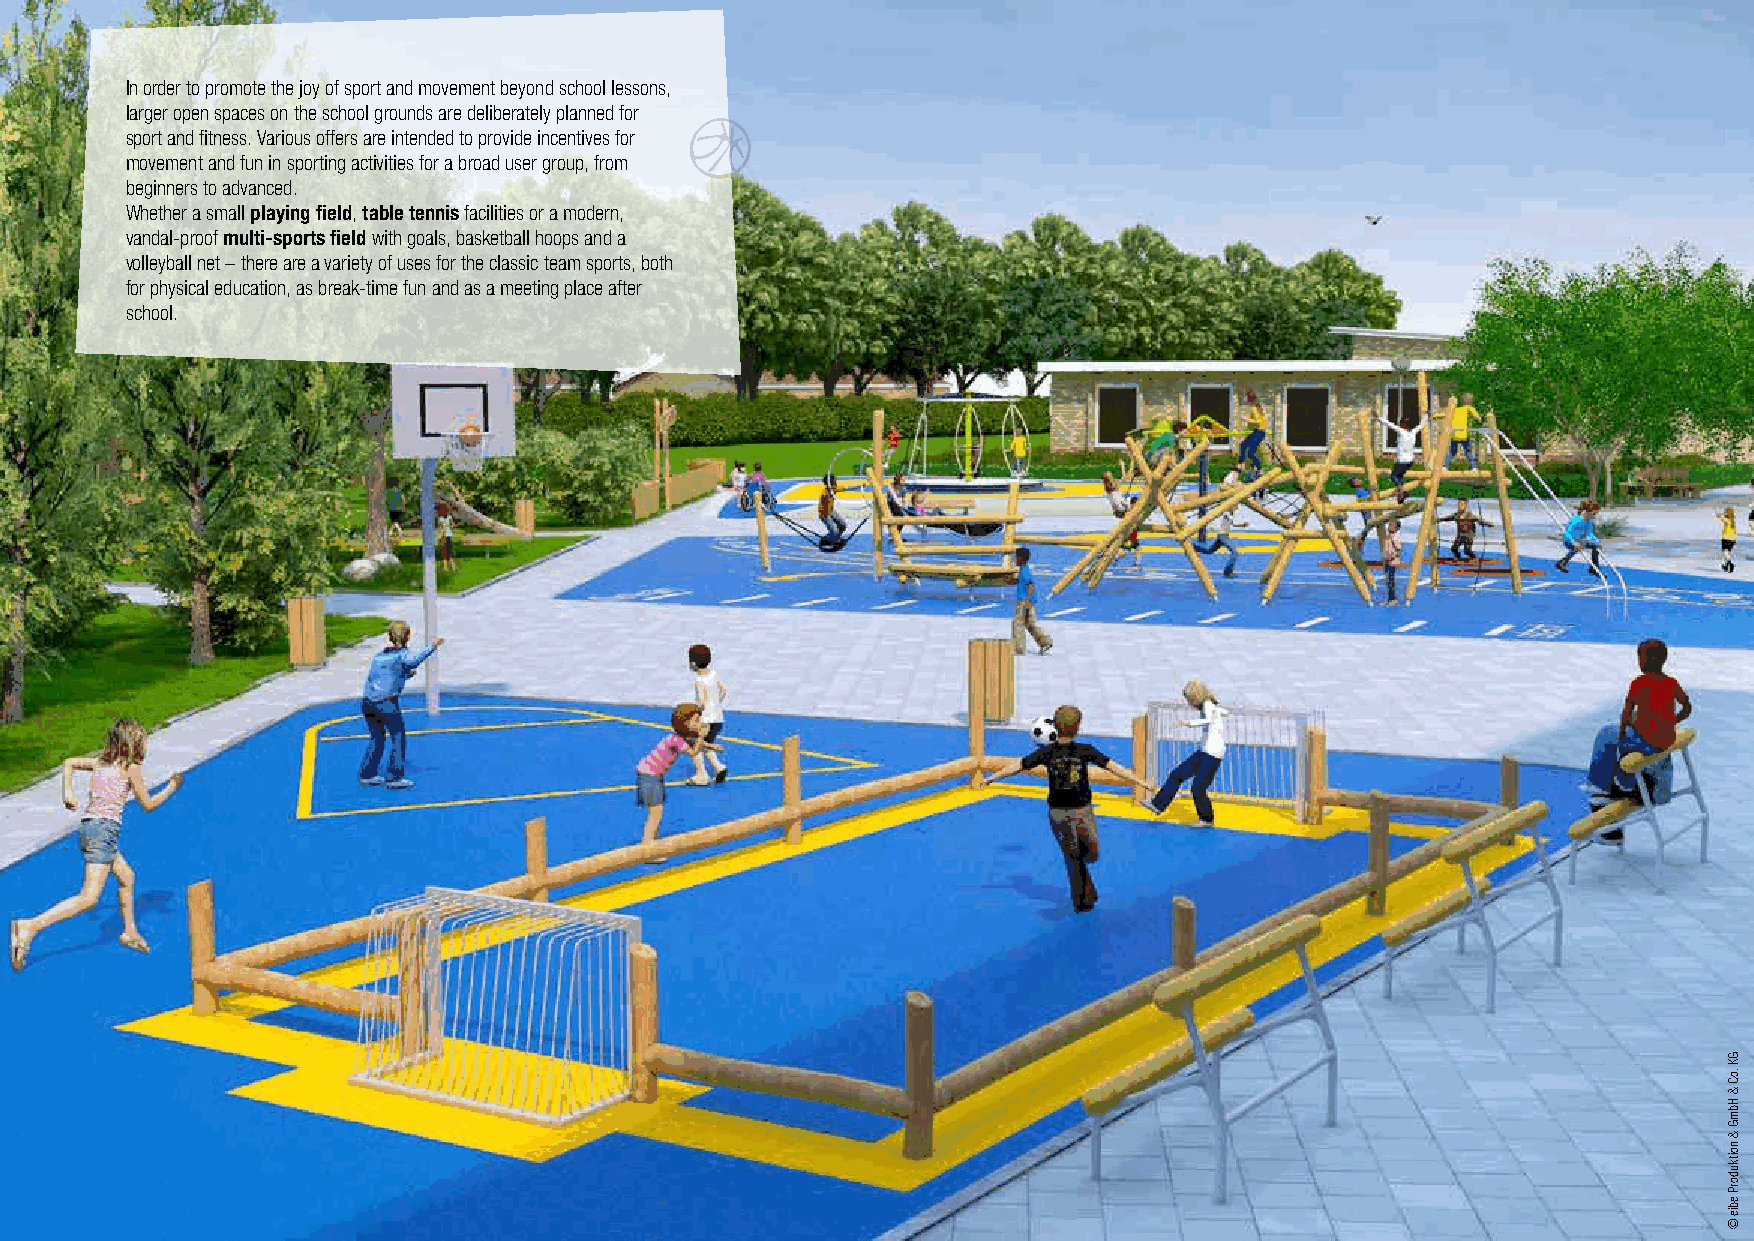
In order to promote the joy of sport and movement beyond school lessons,
 larger open spaces on the school grounds are deliberately planned for
 sport and fitness. Various offers are intended to provide incentives for
 movement and fun in sporting activities for a broad user group, from
 beginners to advanced.
 Whether a small playing field, table tennis facilities or a modern,
 vandal-proof multi-sports field with goals, basketball hoops and a
 volleyball net – there are a variety of uses for the classic team sports, both
 for physical education, as break-time fun and as a meeting place after
 school.
 GK
 .oC
 &
 HbmG
 &
 noitkudorP
 ebie
 ©